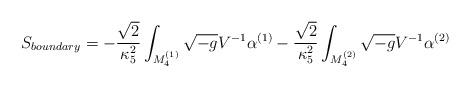
LaTeX: \begin{align*}S_{boundary}=-\frac{\sqrt{2}}{\kappa_{5}^{2}}\int_{M_{4}^{(1)}}{\sqrt{-g}V^{-1}\alpha^{(1)}} - \frac{\sqrt{2}}{\kappa_{5}^{2}}\int_{M_{4}^{(2)}}{\sqrt{-g}V^{-1}\alpha^{(2)}} \end{align*}